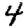
Digit: 4